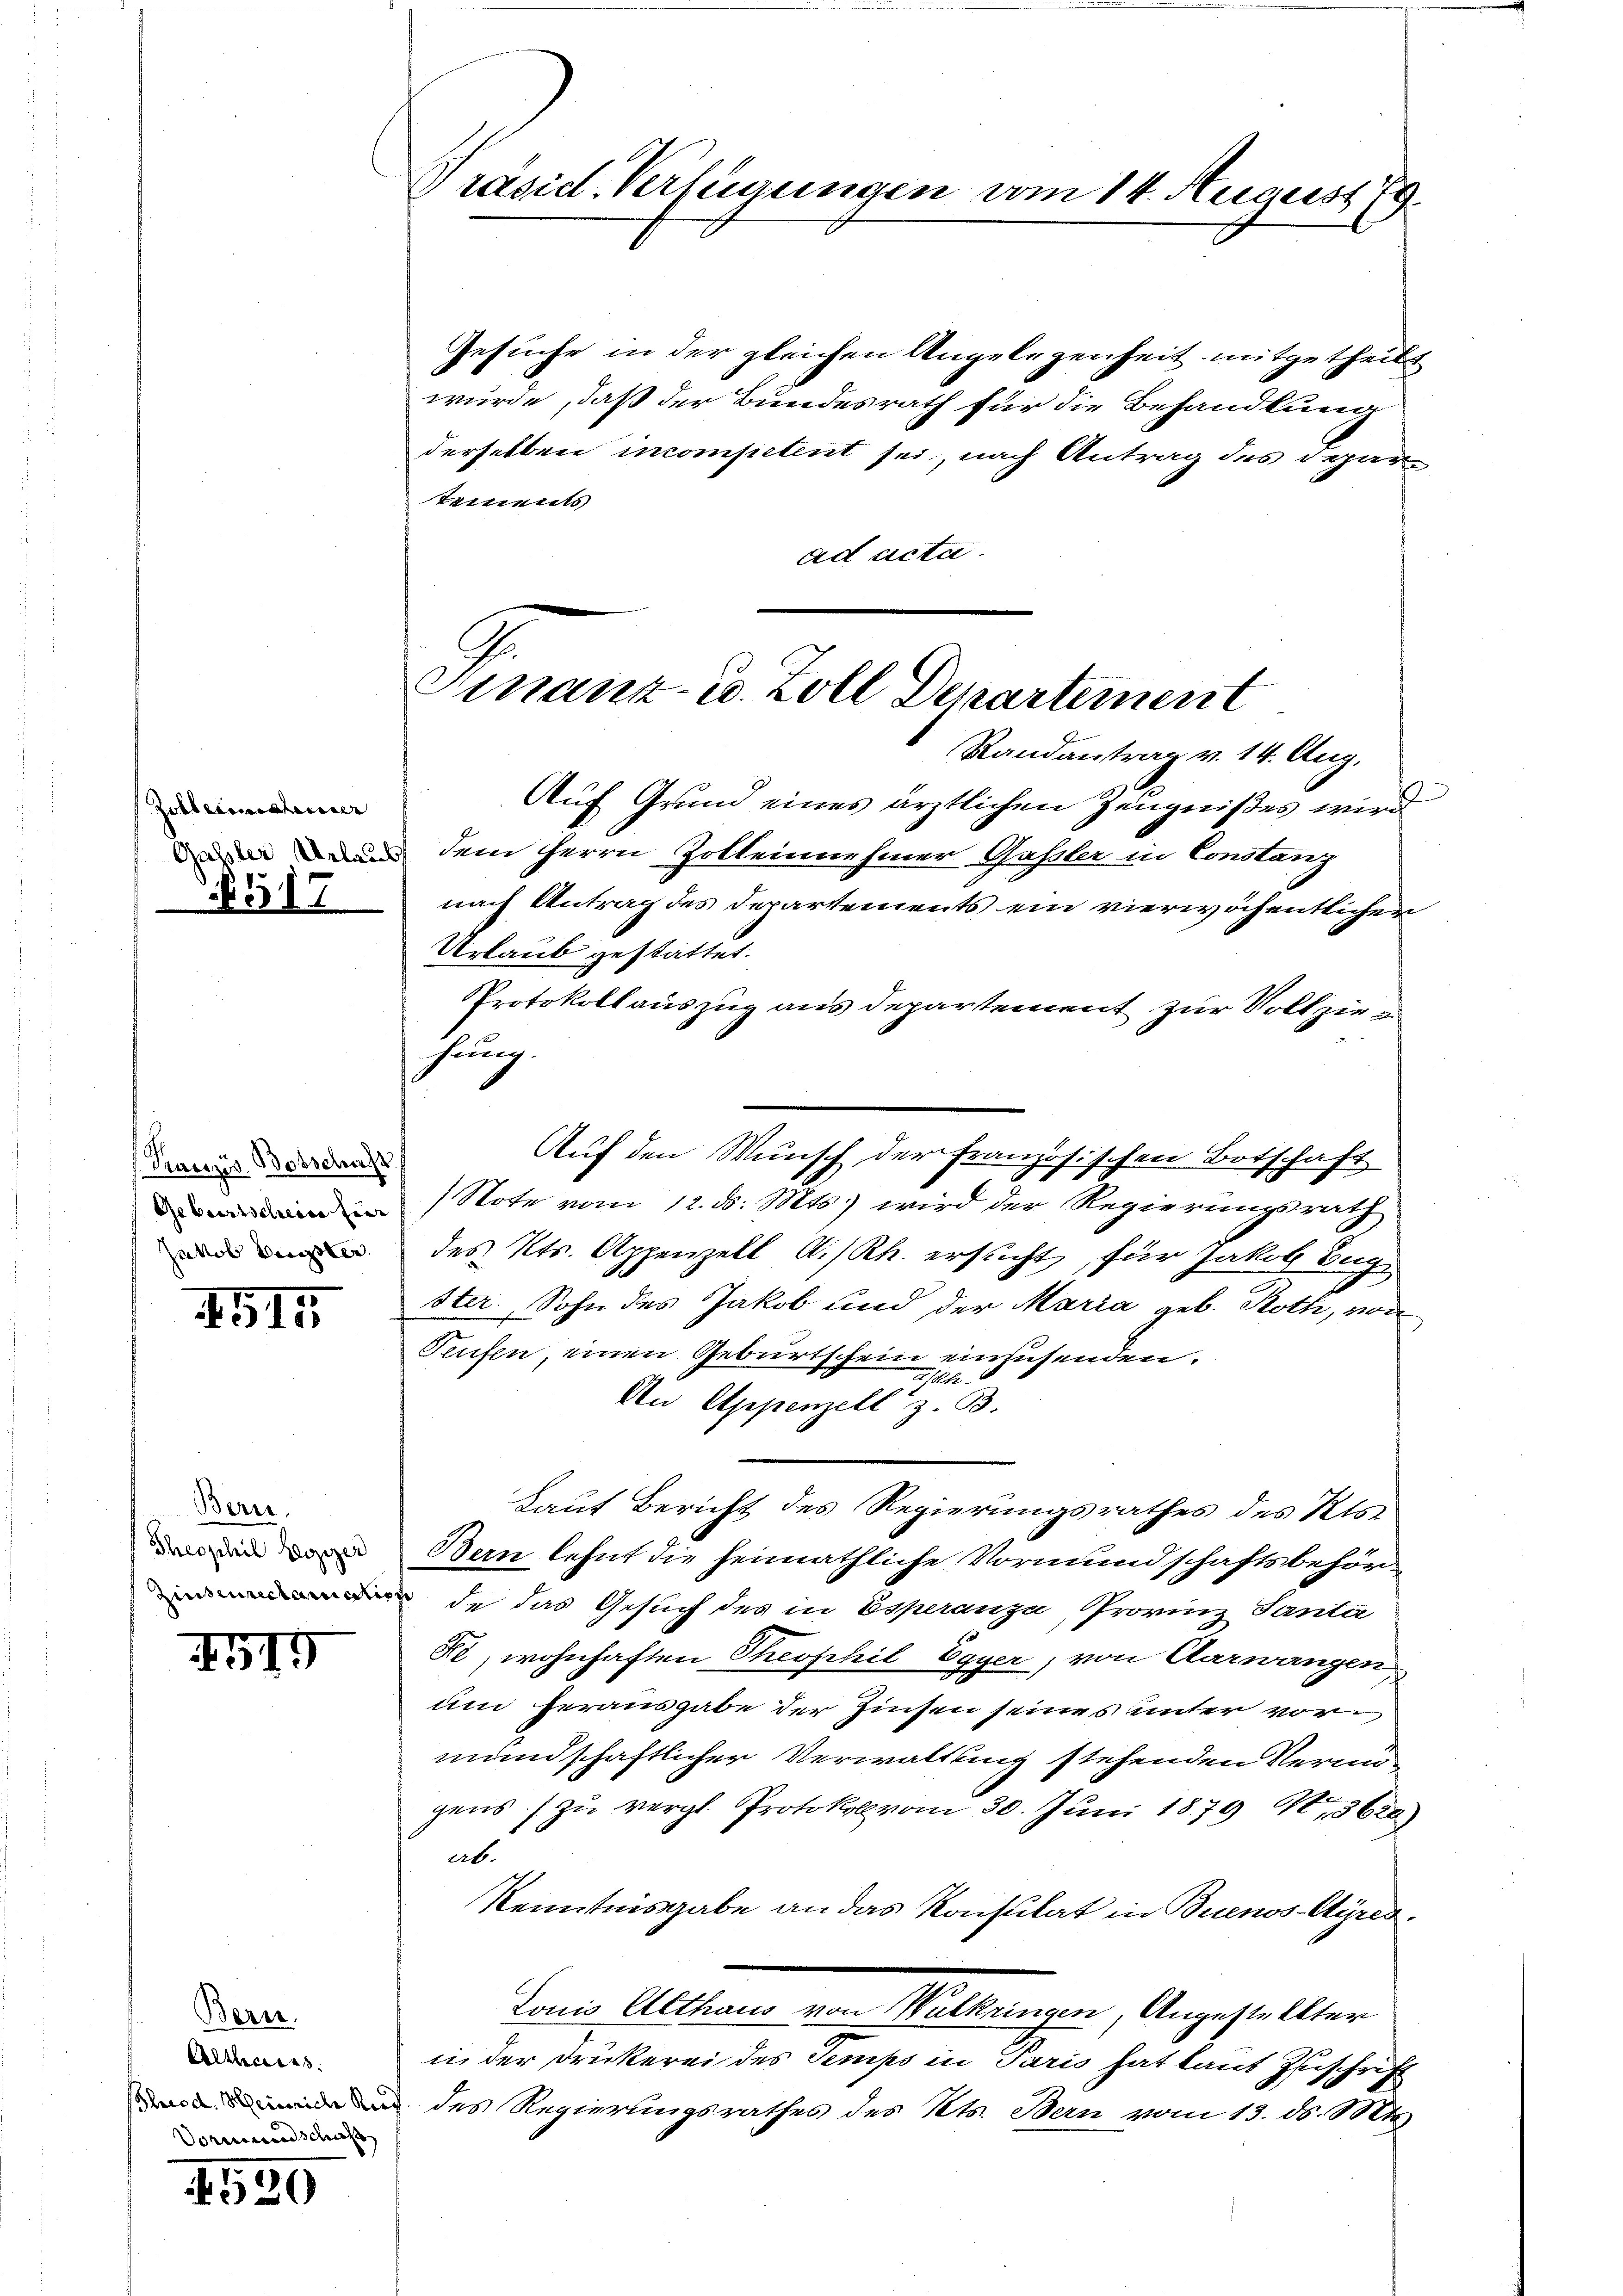
Zollarialiser

§517

Pranzös. Botschaft
Geburtschein für
Jakob Bester.

4515

Bern,
Theophil Leonzer
Zinsenrechanische

XVII

Bern.
Altheiles.
Vormundschaft

4520

Präsid. Verfügungen vom 14. August 79.

Finanz- u. Zoll Departement

Gesuche in der gleichen Angelegenheit mitgetheilt
wurde, daß der Bundesrath für die Behandlung
derselben incompetent sei, nach Antrag des Departements
ad acta.
Randantrag v. 14. Aug.
Auf Grund eines ärztlichen Zeugnißes wird
i u dem Herrn Zotteinehmer Gasler in Constanz
nach Antrag des Departements ein vierwöchentlichen
Urlaub gestattet.
Protokoll auszug aus departement zur Vollziehung.
Note vom 12. ds. Mts.) wird der Regierungsrath
des Kts. Appenzell A.-Rh. ersucht, für Jakob Zug
ster Sohn des Jakob und der Maria geb. Roth, von
Teufen, einen Geburtschein einzusenden.
seh
An Appenzell z. B.
Lauf Bericht des Regierungsrathes des Kts.
Bern lehnt die heimathliche Vormundschaftsbehör¬
 de das Gesuch des in Esperanzi, Provinz Santer
Fe, wohnhaften Theophil Egyer, von Aarwangen
um herausgabe der Zinsen seines unter vormundschaftlicher Verwaltung stehenden Vermugens zu vergl. Protokoll vom 30. Juni 1879 M, 3620)
ab.
Kenntnisgabe an das Konsulat in Buenos-Ayres
Lonis Althaus von Walkringen, Angestellter
in der Druckerei des Semps in Paris hat laut Zuschrift
 des Regierungsrathes des Kts. Bern vom 13. ds. Mts.

Auf den Wunsch der französischen Botschaft

)